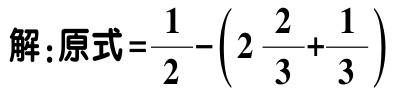
解:原式\(=\frac{1}{2}-\left(2\frac{2}{3}+\frac{1}{3}\right)\)